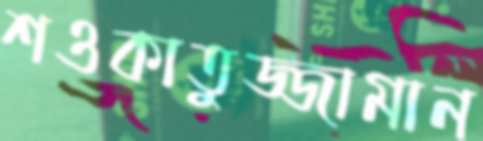
শওকাতুজ্জামান